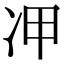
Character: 𠖹